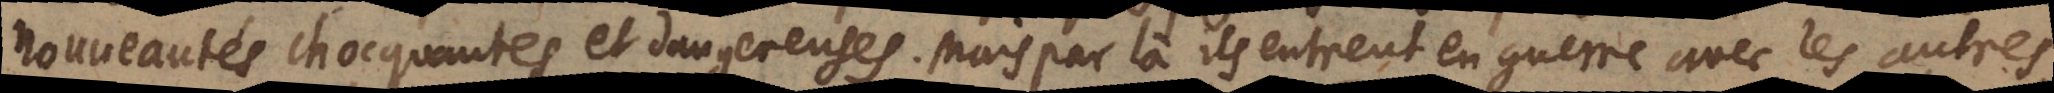
nouveautés choquantes et dangereuses. Mais par là ils entrent en guerre avec les autres,